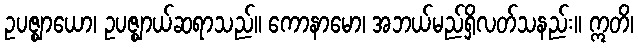
ဥပဇ္ဈာယော၊ ဥပဇ္ဈာယ်ဆရာသည်။ ကောနာမော၊ အဘယ်မည်ရှိလတ်သနည်း။ ဣတိ၊